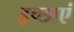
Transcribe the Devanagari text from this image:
इच्‍छाएं